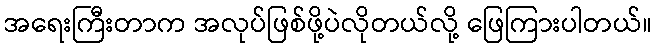
အရေးကြီးတာက အလုပ်ဖြစ်ဖို့ပဲလိုတယ်လို့ ဖြေကြားပါတယ်။